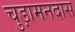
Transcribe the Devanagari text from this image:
चुड़ामनदास